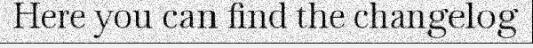
Here you can find the changelog